Report on plague and inoculation in the Punjab from October 1st ... to September 30th..., being the ... season of plague in the province
Disease focus: Plague
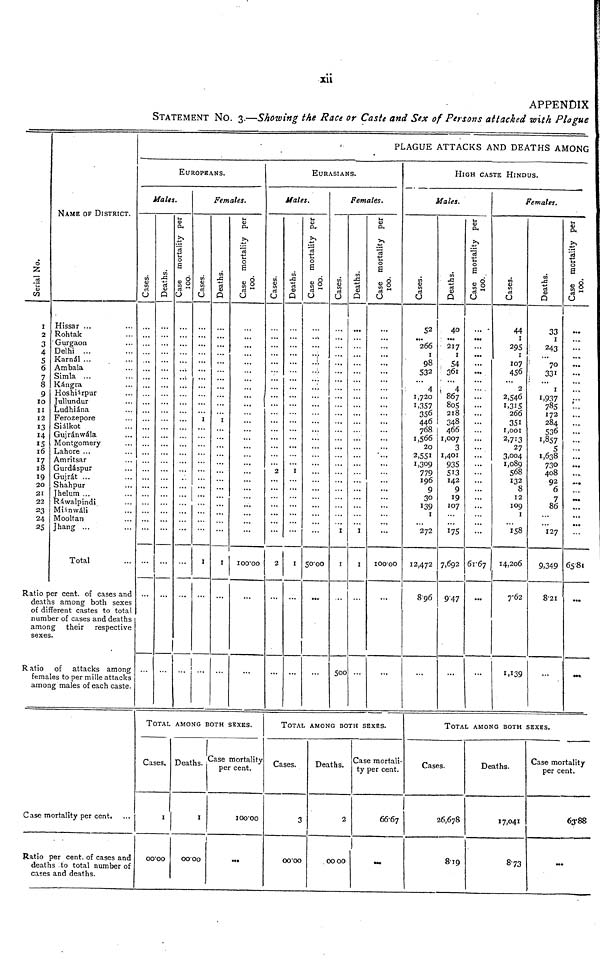
xii
APPENDIX
STATEMENT NO. 3.—Showing the Race or Caste and Sex of Persons attacked with Plague
Serial No.
1
2
3
4
5
6
7
8
9
10
11
12
13
14
15
16
17
18
19
20
21
22
23
24
25
NAME OF DISTRICT.
Hissar ...
Rohtak
Gurgaon
Delhi ...
Karnál ...
Ambala
Simla ...
Kángra
Hoshiárpur
Jullundur
Ludhiána
Ferozepore
Siálkot
Gujránwála
Montgomery
Lahore ...
Amritsar
Gurdáspur
Gujrát ...
Shahpur
Jhelum ...
Ráwalpindi
Miánwáli
Mooltan
Jhang ...
Total
...
...
...
...
...
...
...
...
...
...
...
...
...
...
...
...
...
...
...
...
...
...
...
...
...
...
Ratio per cent. of cases and
deaths among both sexes
of different castes to total
number of cases and deaths
among their respective
sexes.
Ratio of attacks among
females to per mille attacks
among males of each caste.
Case mortality per cent.
Ratio per cent, of cases and
deaths to total number of
cases and deaths.
PLAGUE ATTACKS AND DEATHS AMONG
EUROPEANS.
Males.
Cases.
...
...
...
...
...
...
...
...
...
...
...
...
...
...
...
...
...
...
...
...
...
...
...
...
...
...
...
...
Deaths.
...
...
...
...
...
...
...
...
...
...
...
...
...
...
...
...
...
...
...
...
...
...
...
...
...
...
...
...
Case mortality per 100.
...
...
...
...
...
...
...
...
...
...
...
...
...
...
...
...
...
...
...
...
...
...
...
...
...
...
...
...
Females.
Cases.
...
...
...
...
...
...
...
...
...
...
...
1
...
...
...
...
...
...
...
...
...
...
...
...
...
1
...
...
Deaths.
...
...
...
...
...
...
...
...
...
...
...
1
...
...
...
...
...
...
...
...
...
...
...
...
...
1
...
...
Case mortality per 100.
...
...
...
...
...
...
...
...
...
...
...
...
...
...
...
...
...
...
...
...
...
...
...
...
...
100.00
...
...
TOTAL AMONG BOTH SEXES.
Cases.
1
00.00
Deaths.
1
00.00
Case mortality
per cent.
100.00
...
EURASIANS.
Hales.
Cases.
...
...
...
...
...
...
...
...
...
...
...
...
...
...
...
...
...
2
...
...
...
...
...
...
...
2
...
...
Deaths.
...
...
...
...
...
...
...
...
...
...
...
...
...
...
...
...
...
1
...
...
...
...
...
...
...
1
...
...
Case mortality per 100.
...
...
...
...
...
...
...
...
...
...
...
...
...
...
...
...
...
...
...
...
...
...
...
...
...
50.00
...
...
Females.
Cases.
...
...
...
...
...
...
...
...
...
...
...
...
...
...
...
...
...
...
...
...
...
...
...
...
1
1
...
500
Deaths.
...
...
...
...
...
...
...
...
...
...
...
...
...
...
...
...
...
...
...
...
...
...
...
...
1
1
...
> ...
Case mortality per 100.
...
...
...
...
...
...
...
...
...
...
...
...
...
...
...
...
...
...
...
...
...
...
...
...
...
100.00
...
...
TOTAL AMONG BOTH SEXES.
' Cases.
3
00.00
Deaths.
2
00.00
Case mortali-
ty per cent
66.67
...
HIGH CASTE HINDUS.
Males.
Cases.
52
...
266
1
98
532
...
4
1,720
1,357
356
446
768
1,566
20
2,551
1,309
779
196
9
30
139
1
...
272
12,472
8.96
...
Deaths.
40
...
217
1
54
361
...
4
867
805
218
348
466
1,007
3
1,401
935
513
142
9
19
107
...
...
175
7,692
9.47
...
Case mortality per 100.
...
...
...
...
...
...
...
...
...
...
...
...
...
...
...
...
...
...
...
...
...
...
...
...
...
61.67
...
...
Females.
Cases.
44
1
295
1
107
456
...
2
2,546
1,315
266
351
1,001
2,713
27
3,004
1,089
568
132
8
12
109
1
...
158
14,206
7.62
1,139
Deaths.
33
1
243
... 70
331
...
1
1,937
785
172
284
536
1,857
5
1,638
730
408
92
6
7
86
...
...
127
9,349
8.21
...
Case mortality p
...
...
...
...
...
...
...
...
...
...
...
...
...
...
...
...
...
...
...
...
...
... ...
...
...
65.81
...
...
TOTAL AMONG BOTH SEXES.
Cases.
26,678
8.19
Deaths.
17,041
8.73
Case mortality
per cent.
63.88
...